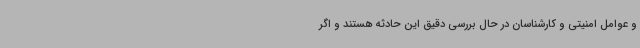
و عوامل امنیتی و کارشناسان در حال بررسی دقیق این حادثه هستند و اگر